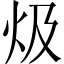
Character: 𤆣